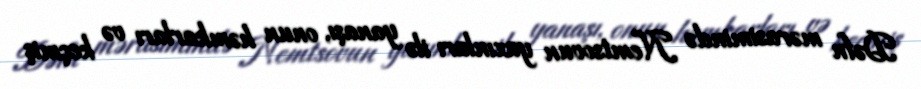
Dəfn mərasimində Nemtsovun yaxınları ilə yanaşı, onun həmkarları və keçmiş